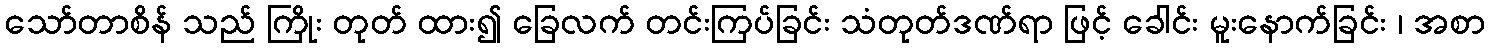
သော်တာစိန် သည် ကြိုး တုတ် ထား၍ ခြေလက် တင်းကြပ်ခြင်း သံတုတ်ဒဏ်ရာ ဖြင့် ခေါင်း မူးနောက်ခြင်း ၊ အစာ